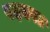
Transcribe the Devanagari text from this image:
पदमपत